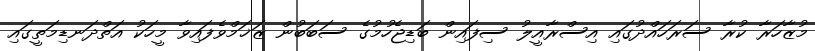
މުޒާހަރާ ކުރާ ސަރަހައްދުގައި އިސްރާއީލު ސިފައިން ބަޑިޖެހުމުގެ ސަބަބުން ޒަޚަމްވެފައިވާ މީހަކު އަތްދަނޑިމަތީގައި